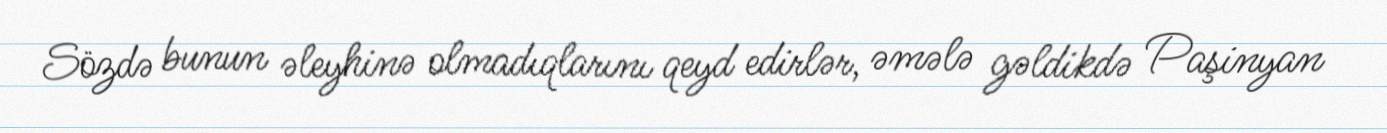
Sözdə bunun əleyhinə olmadıqlarını qeyd edirlər, əmələ gəldikdə Paşinyan